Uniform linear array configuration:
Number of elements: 12
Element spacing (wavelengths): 0.75
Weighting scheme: exponential
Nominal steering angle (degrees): -45
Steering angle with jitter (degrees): -46.355
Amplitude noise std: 0.05
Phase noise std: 0.05

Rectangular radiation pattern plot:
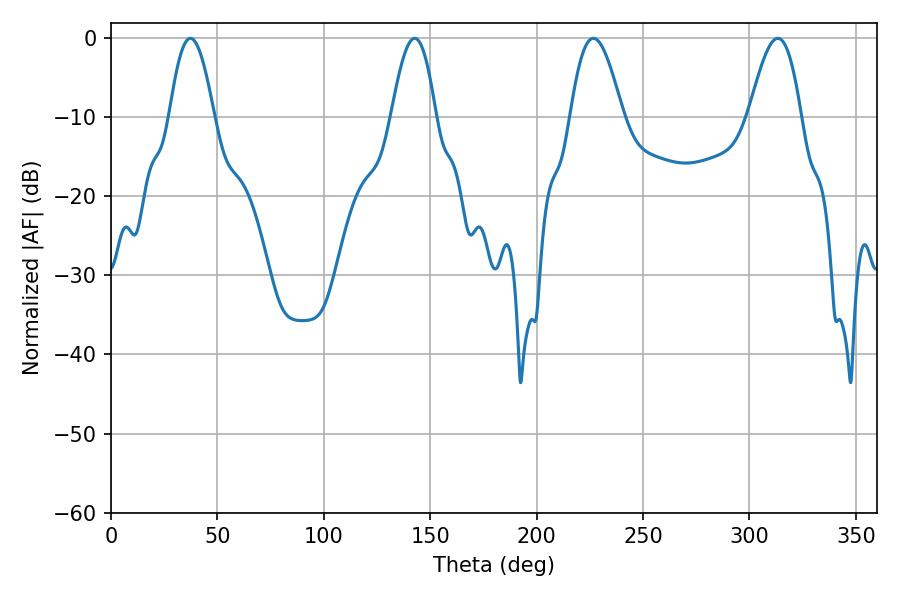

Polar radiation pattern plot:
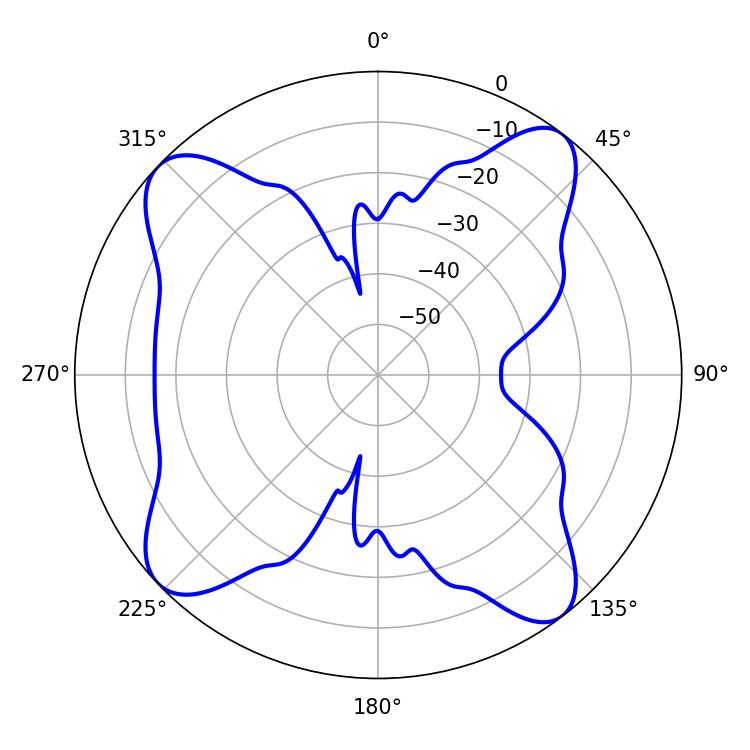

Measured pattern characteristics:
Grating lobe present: TRUE
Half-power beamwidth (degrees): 13.32
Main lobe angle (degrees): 226.62